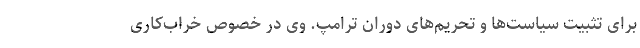
برای تثبیت سیاست‌ها و تحریم‌های دوران ترامپ. وی در خصوص خراب‌کاری